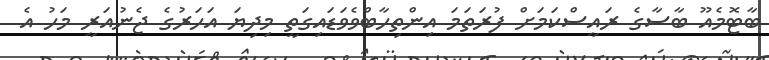
ބާޓޮމެއޫ ބާސާގެ ރައީސްކަމަށް ފުރަތަމަ އިންތިހާބްވެވަޑައިގަތީ މިދިޔަ އަހަރުގެ ޖެނުއަރީ މަހު އެ